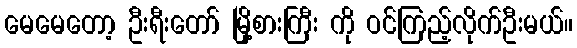
မေမေတော့ ဦးရီးတော် မြို့စားကြီး ကို ဝင်ကြည့်လိုက်ဦးမယ်။